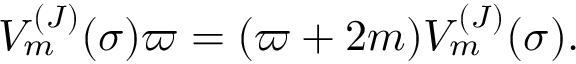
V _ { m } ^ { ( J ) } ( \sigma ) \varpi = ( \varpi + 2 m ) V _ { m } ^ { ( J ) } ( \sigma ) .